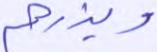
ويذرهم